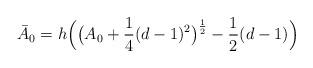
LaTeX: \begin{align*}\bar{A}_0=h\Bigl(\bigl(A_0+\frac{1}{4}(d-1)^2\bigr)^{\frac{1}{2}}-\frac{1}{2}(d-1)\Bigr)\end{align*}